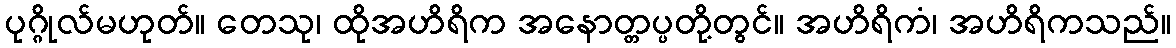
ပုဂ္ဂိုလ်မဟုတ်။ တေသု၊ ထိုအဟိရိက အနောတ္တပ္ပတို့တွင်။ အဟိရိကံ၊ အဟိရိကသည်။